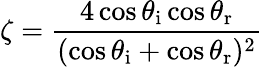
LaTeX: \zeta=\frac{4\cos\theta_{\mathrm{i}}\cos\theta_{\mathrm{r}}}{(\cos\theta_{\mathrm{i}}+\cos\theta_{\mathrm{r}})^{2}}